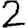
Digit: 2